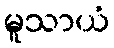
မူသာယံ